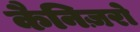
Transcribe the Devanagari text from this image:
कैनिज़रो